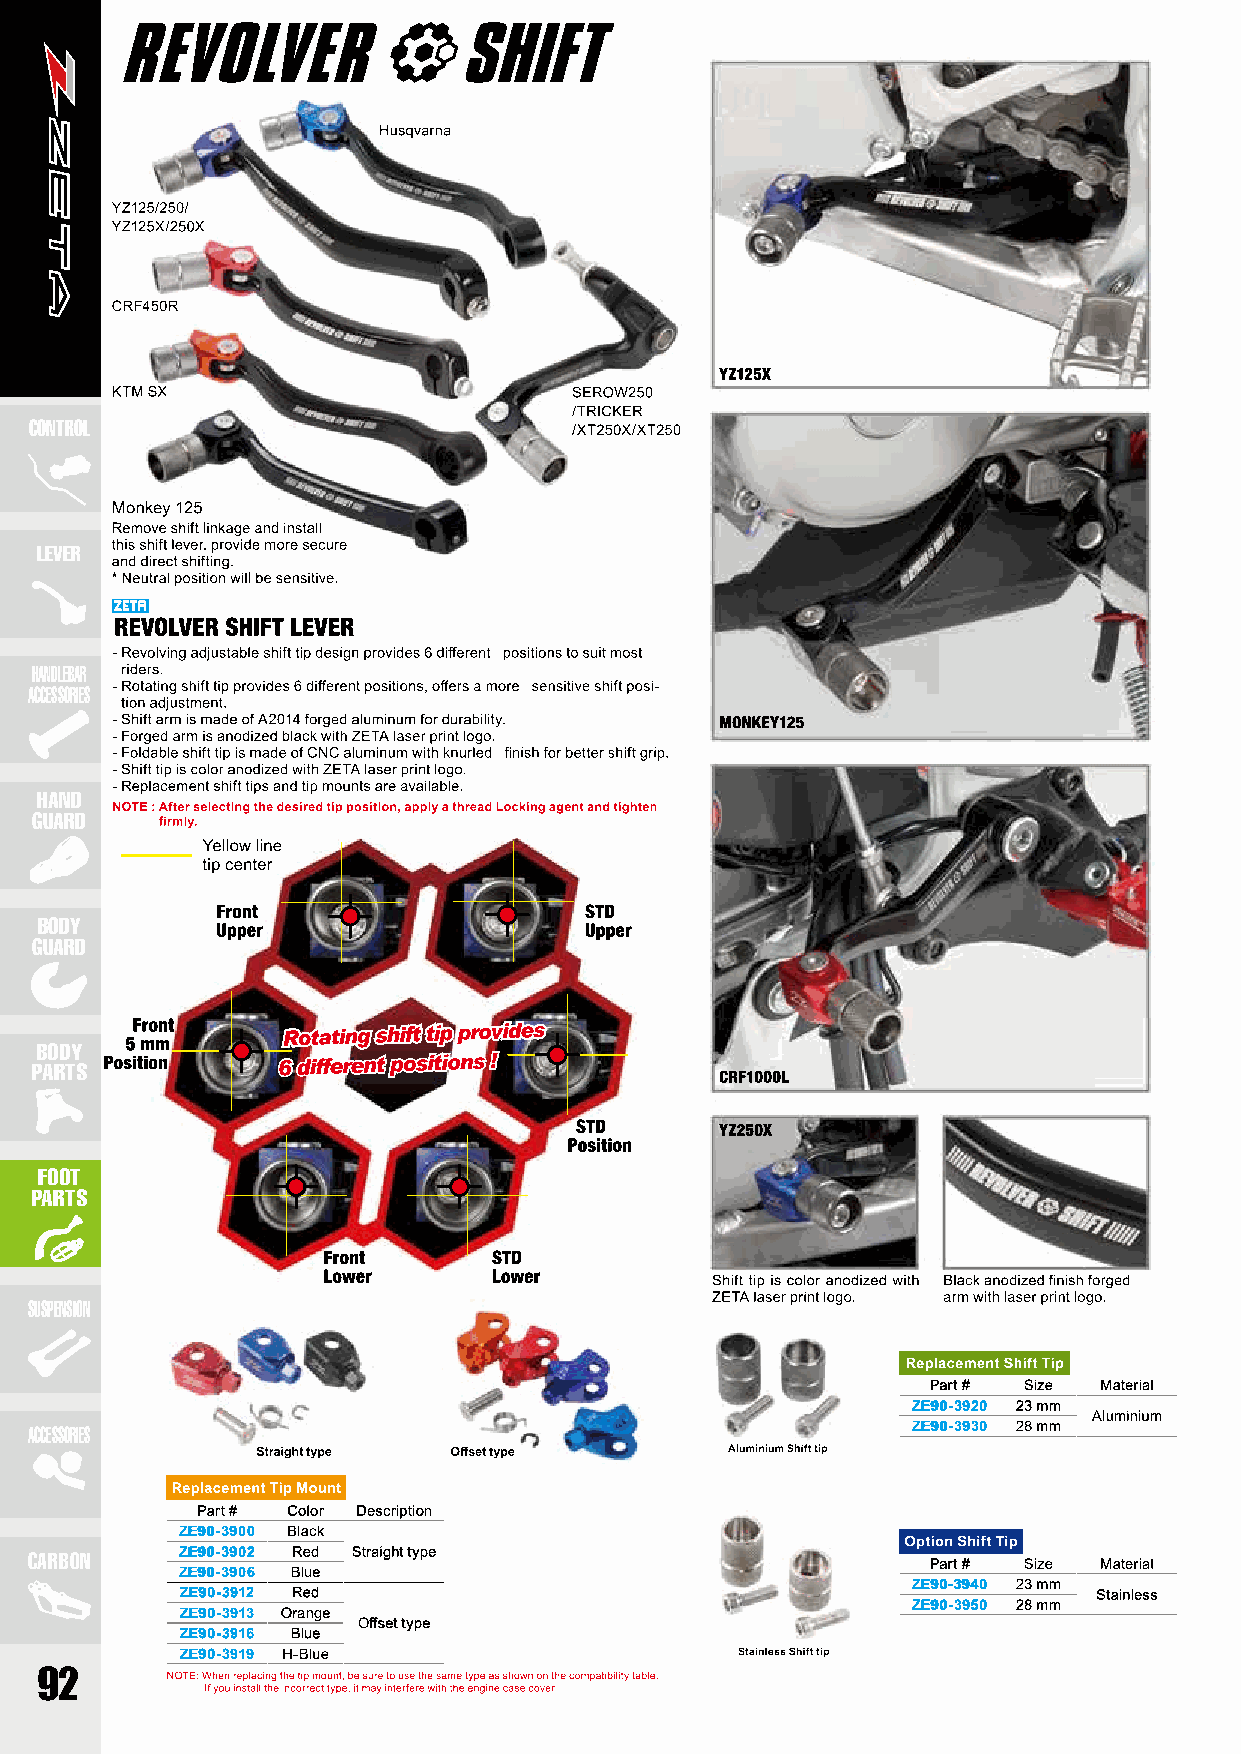
CONTROL
 LEVER
 HANDLEBAR
 ACCESSORIES
 HAND
 GUARD
 BODY
 GUARD
 BODY
 PARTS
 FOOT
 PARTS
 SUSPENSION
 Part # Size Material
 ZE90-3920 23 mm
 Aluminium
 ACCESSORIES                                               ZE90-3930 28 mm
 Part # Color Description
 ZE90-3900 Black
 CARBON    ZE90-3902 Red Straight type
 Part # Size Material
 ZE90-3906 Blue
 ZE90-3940 23 mm
 ZE90-3912 Red                                                Stainless
 ZE90-3950 28 mm
 ZE90-3913 Orange
 Offset type
 ZE90-3916 Blue
 ZE90-3919 H-Blue
 92